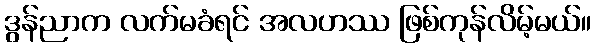
ဒွန်ညာက လက်မခံရင် အလဟဿ ဖြစ်ကုန်လိမ့်မယ်။